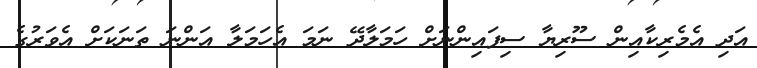
އަދި އެމެރިކާއިން ސޫރިޔާ ސިފައިންނަށް ހަމަލާދޭ ނަމަ އެހަމަލާ އަންނަ ތަނަކަށް އެވަރުގެ